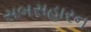
સબસહારન